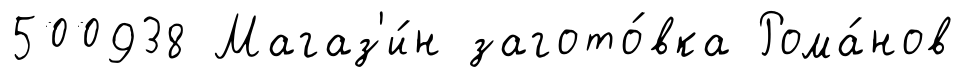
500938 Магаз'и́н загото́вка Рома́нов